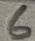
Text: 6